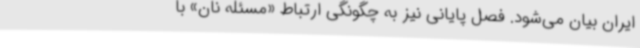
ایران بیان می‌شود. فصل پایانی نیز به چگونگی ارتباط «مسئله نان» با